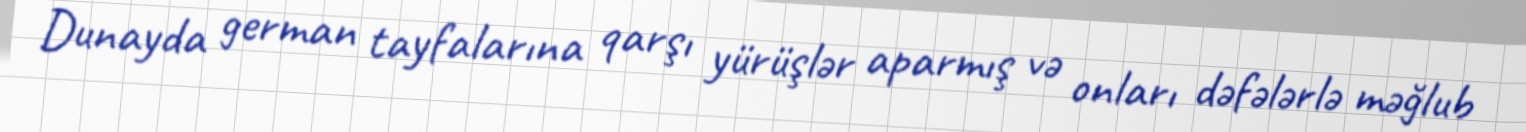
Dunayda german tayfalarına qarşı yürüşlər aparmış və onları dəfələrlə məğlub